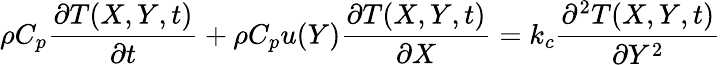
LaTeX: \rho C_{p}\frac{\partial T(X,Y,t)}{\partial t}+\rho C_{p}u(Y)\frac{\partial T(X,Y,t)}{\partial X}=k_{c}\frac{\partial^{2}T(X,Y,t)}{\partial Y^{2}}